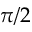
\pi / 2